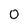
Character: 0